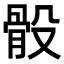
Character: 骰